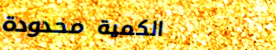
الكمية محدودة